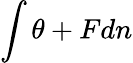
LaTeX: \int\theta+Fdn